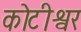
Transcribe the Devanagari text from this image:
कोटीश्वर